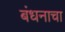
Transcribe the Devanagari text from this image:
बंधनाचा